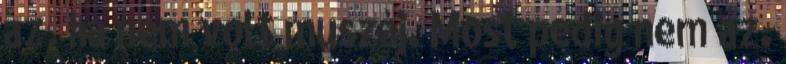
az, ha nem volt muszáj. Most pedig nem az.